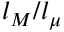
l _ { M } / l _ { \mu }